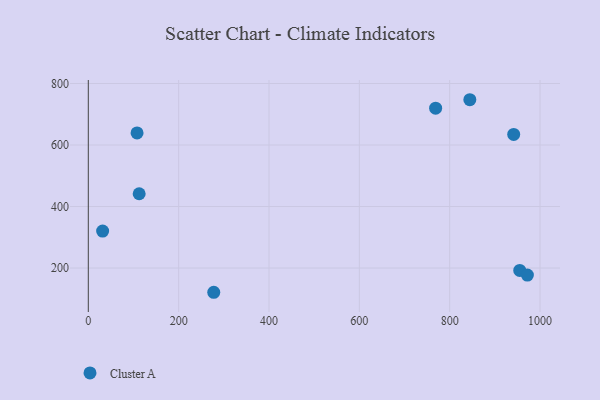
{"axis": {"x": "Experience", "y": "Sales"}, "legend": ["Cluster A"], "data": [{"x": "955.1", "y": 192.4, "type": "Cluster A"}, {"x": "844.6", "y": 747.2, "type": "Cluster A"}, {"x": "768.9", "y": 719.8, "type": "Cluster A"}, {"x": "107.9", "y": 639.2, "type": "Cluster A"}, {"x": "31.7", "y": 320.1, "type": "Cluster A"}, {"x": "277.7", "y": 121.3, "type": "Cluster A"}, {"x": "112.6", "y": 441.5, "type": "Cluster A"}, {"x": "972.0", "y": 177.1, "type": "Cluster A"}, {"x": "941.7", "y": 634.5, "type": "Cluster A"}]}